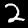
Digit: 2